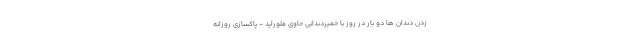
زدن دندان ها دو بار در روز با خمیردندانی حاوی فلوراید - پاکسازی روزانه